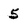
Character: 5